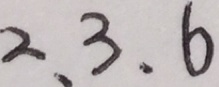
2 . 3 . 6